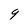
Character: 9